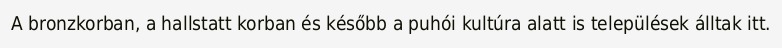
A bronzkorban, a hallstatt korban és később a puhói kultúra alatt is települések álltak itt.